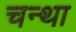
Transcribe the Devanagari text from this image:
चन्था